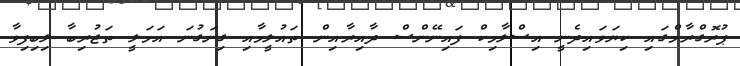
ޕުރޮގްރާމްގައި ކިޔަވައިދެނީ އިސްލާމިކް ފައިނޭންސް ދާއިރާއިން ތައުލީމާއި ގިނަގުނަ އަމަލީ ތަޖުރިބާ ލިބިފިވާ